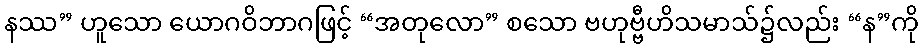
နဿ” ဟူသော ယောဂဝိဘာဂဖြင့် “အတုလော” စသော ဗဟုဗ္ဗီဟိသမာသ်၌လည်း “န”ကို